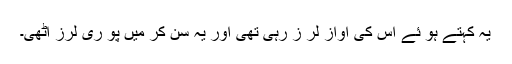
یہ کہتے ہو ئے اس کی آواز لر ز رہی تھی اور یہ سن کر میں پو ری لرز اٹھی۔